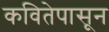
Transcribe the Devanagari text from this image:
कवितेपासून